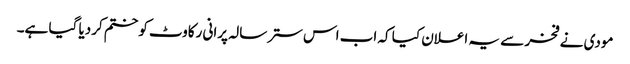
مودی نے فخر سے یہ اعلان کیا کہ اب اس ستر سالہ پرانی رکاوٹ کو ختم کردیا گیا ہے۔